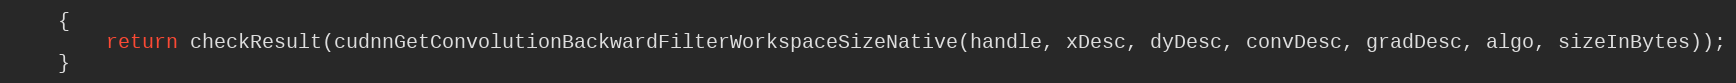
Language: Java
    {
        return checkResult(cudnnGetConvolutionBackwardFilterWorkspaceSizeNative(handle, xDesc, dyDesc, convDesc, gradDesc, algo, sizeInBytes));
    }